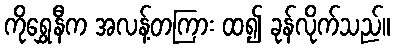
ကိုရွှေနီက အလန့်တကြား ထ၍ ခုန်လိုက်သည်။